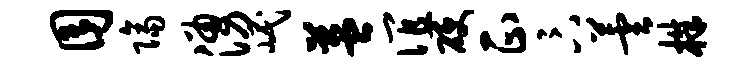
囿隔涌岷益谊硬正卞芸株